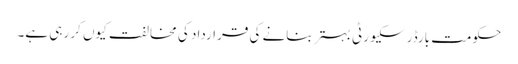
حکومت بارڈر سکیورٹی بہتر بنانے کی قرارداد کی مخالفت کیوں کر رہی ہے۔